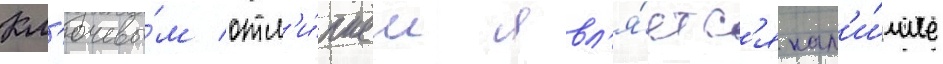
Кл'ючевы́м отл'и́чием явл'я́етс'я нал'и́чие